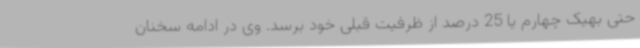
حتی بهیک چهارم یا 25 درصد از ظرفیت قبلی خود برسد. وی در ادامه سخنان